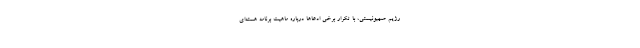
رژیم صهیونیستی، با تکرار برخی ادعاها درباره ماهیت برنامه هسته‌ای